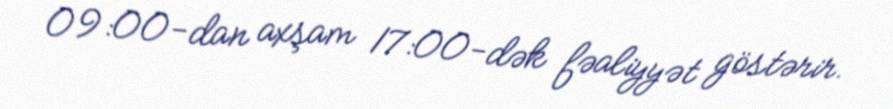
09:00-dan axşam 17:00-dək fəaliyyət göstərir.